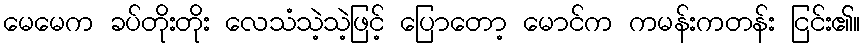
မေမေက ခပ်တိုးတိုး လေသံသဲ့သဲ့ဖြင့် ပြောတော့ မောင်က ကမန်းကတန်း ငြင်း၏။